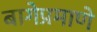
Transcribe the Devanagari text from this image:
बागेप्रमाणे